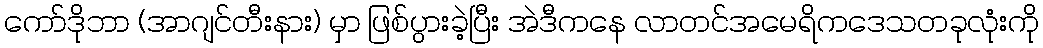
ကော်ဒိုဘာ (အာဂျင်တီးနား) မှာ ဖြစ်ပွားခဲ့ပြီး အဲဒီကနေ လာတင်အမေရိကဒေသတခုလုံးကို